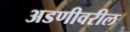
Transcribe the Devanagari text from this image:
अडणीवरील